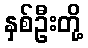
နှစ်ဦးတို့